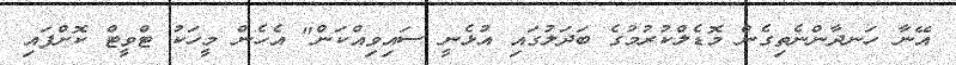
އޭނާ ހަނދާންނެތިގެން މޮޑެލްކުރުމުގެ ބަދަލުގައި އުޅެނީ ސައިވިއްކަން" އެހެން މީހަކު ޓްވީޓް ކޮށްފައި